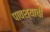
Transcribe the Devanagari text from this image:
पावश्याची